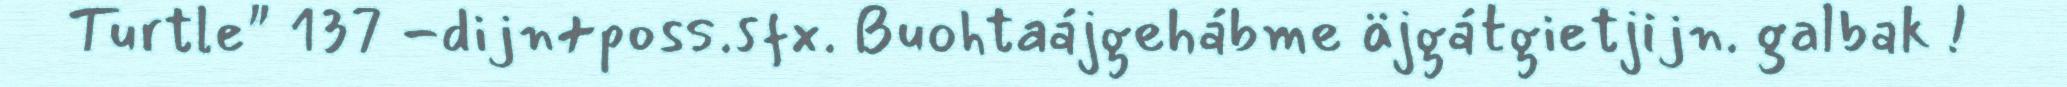
Turtle" 137 -dijn+poss.sfx. Buohtaájgehábme äjgátgietjijn. galbak !